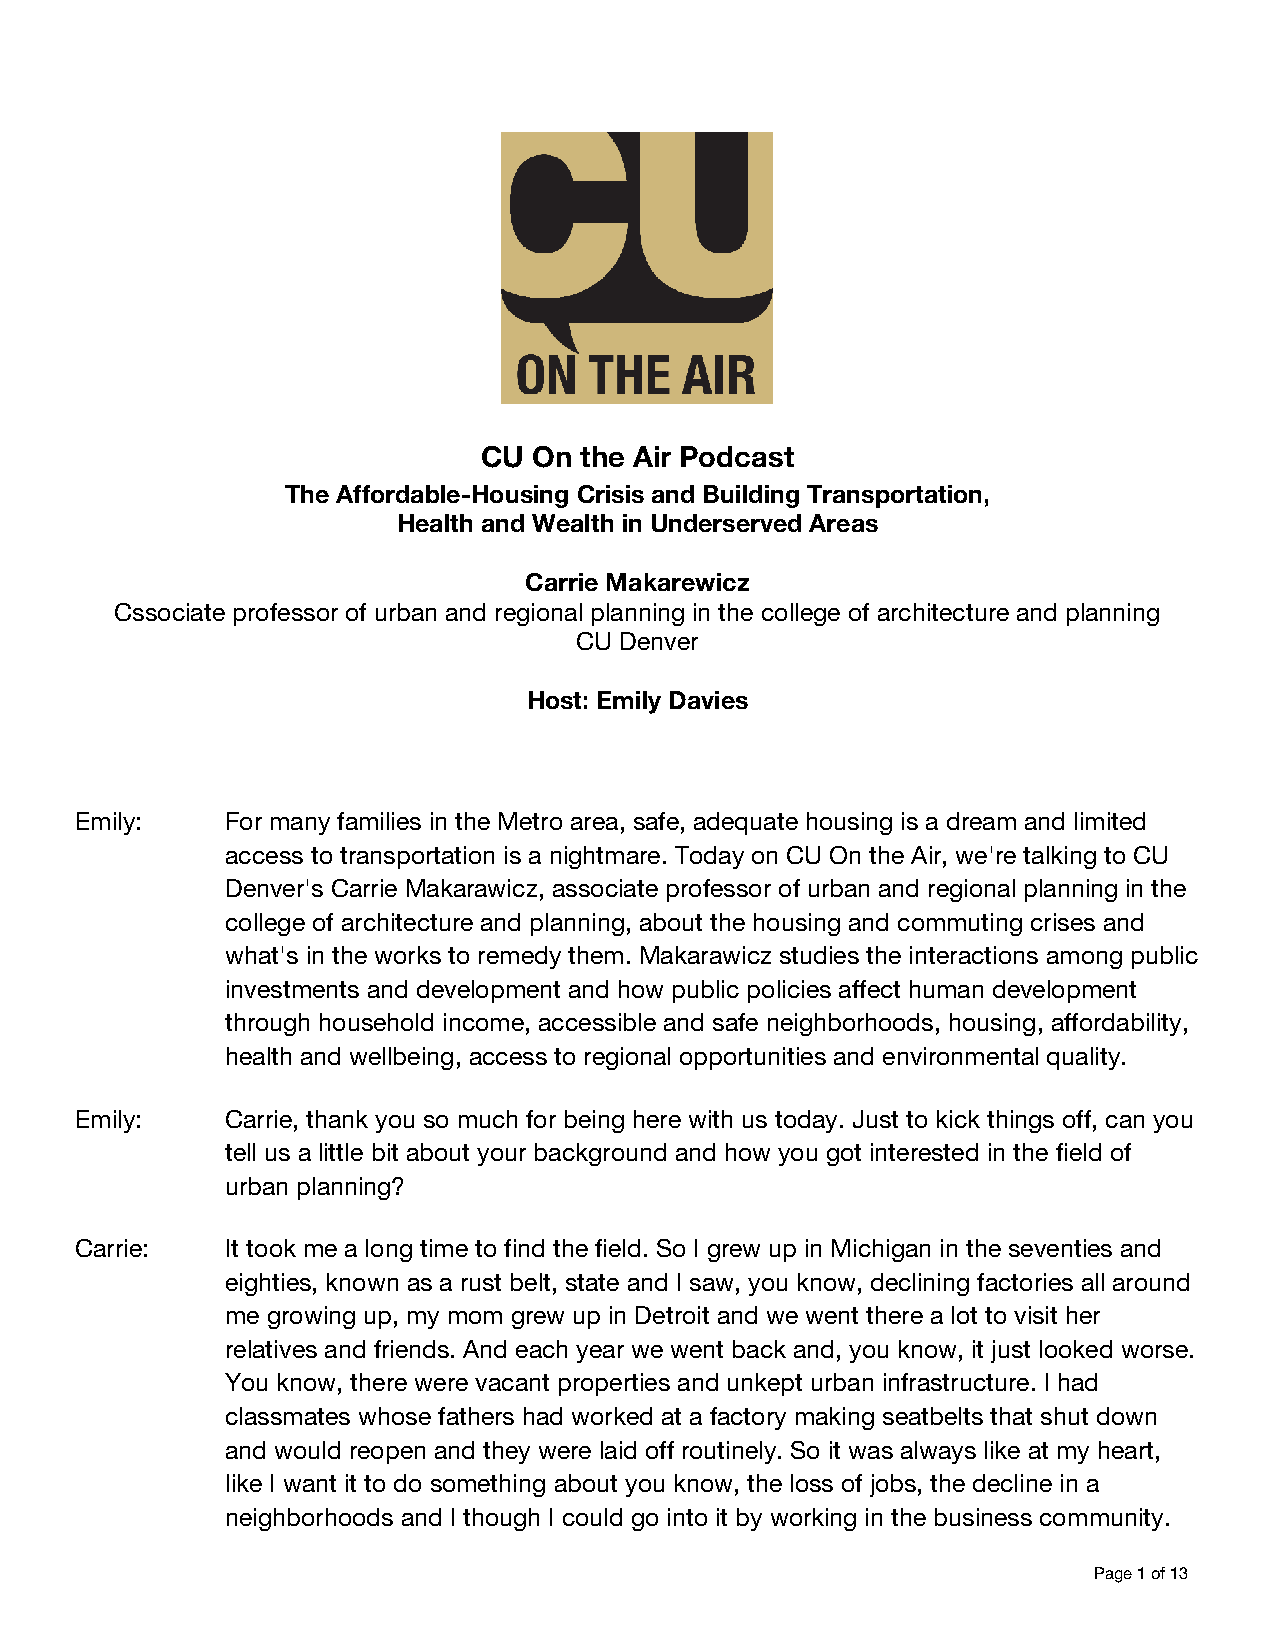
CU On the Air Podcast
 The Affordable-Housing Crisis and Building Transportation,
 Health and Wealth in Underserved Areas
 Carrie Makarewicz
 Cssociate professor of urban and regional planning in the college of architecture and planning
 CU Denver
 Host: Emily Davies
 Emily:    For many families in the Metro area, safe, adequate housing is a dream and limited
 access to transportation is a nightmare. Today on CU On the Air, we're talking to CU
 Denver's Carrie Makarawicz, associate professor of urban and regional planning in the
 college of architecture and planning, about the housing and commuting crises and
 what's in the works to remedy them. Makarawicz studies the interactions among public
 investments and development and how public policies affect human development
 through household income, accessible and safe neighborhoods, housing, affordability,
 health and wellbeing, access to regional opportunities and environmental quality.
 Emily:    Carrie, thank you so much for being here with us today. Just to kick things off, can you
 tell us a little bit about your background and how you got interested in the field of
 urban planning?
 Carrie:   It took me a long time to find the field. So I grew up in Michigan in the seventies and
 eighties, known as a rust belt, state and I saw, you know, declining factories all around
 me growing up, my mom grew up in Detroit and we went there a lot to visit her
 relatives and friends. And each year we went back and, you know, it just looked worse.
 You know, there were vacant properties and unkept urban infrastructure. I had
 classmates whose fathers had worked at a factory making seatbelts that shut down
 and would reopen and they were laid off routinely. So it was always like at my heart,
 like I want it to do something about you know, the loss of jobs, the decline in a
 neighborhoods and I though I could go into it by working in the business community.
 Page 1 of 13